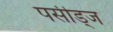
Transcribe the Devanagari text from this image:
पर्सीड्‌ज